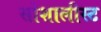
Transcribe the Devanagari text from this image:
सोशालीस्ट